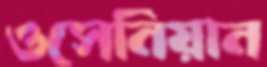
ওসেনিয়ান